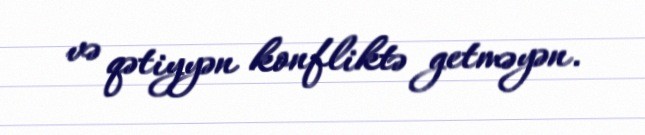
və qətiyyən konfliktə getməyən.